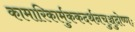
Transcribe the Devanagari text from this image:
कामारिकार्मुककदर्थनचुञ्चुदोष्णः